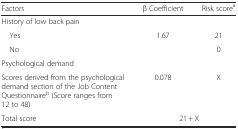
| Factors | β Coefficient | Risk scorea |
 | --- | --- | --- |
 | History of low back pain |  |  |
 | Yes | 1.67 | 21 |
 | No |  | 0 |
 | Psychological demand |  |  |
 | Scores derived from the psychological demand section of the Job Content Questionnaireb (Score ranges from 12 to 48) | 0.078 | X |
 | Total score | <COLSPAN=2> 21 + X |